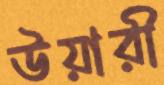
উয়ারী